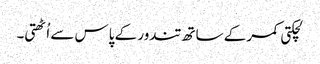
لچکتی کمر کے ساتھ تندور کے پاس سے اُٹھتی۔